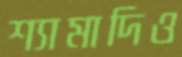
শ্যামাদিও